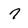
Character: 7